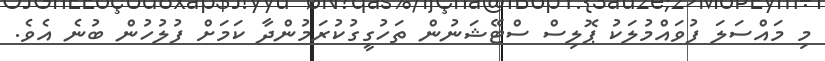
މި މައްސަލަ ފުވައްމުލަކު ޕޮލިސް ސްޓޭޝަނުން ތަހުގީގުކުރަމުންދާ ކަމަށް ފުލުހުން ބުނެ އެވެ.